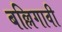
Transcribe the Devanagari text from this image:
बल्लिगावी